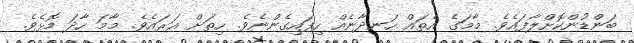
ބަންޑުންކޮށްލާފައެވެ. މާމަގެ އެތައް ހަނދާނެއް ހިފައިގެންނެވެ. ހިތަށް އަރައެވެ. މާމަ ހާދަ މޮޅެވެ.